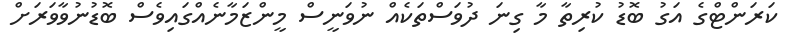
ކަރަންޓްގެ އަގު ބޮޑު ކުރިތާ މާ ގިނަ ދުވަސްތަކެއް ނުވަނީސް މީންޒަމާނެއްގައިވެސް ބޮޑުނުވާވަރަށް